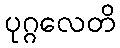
ပုဂ္ဂလေတိ